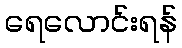
ရေလောင်းရန်